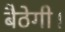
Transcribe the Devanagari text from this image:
बैठेगी।